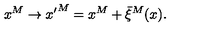
x ^ { M } \to { x ^ { \prime } } ^ { M } = x ^ { M } + \bar { \xi } ^ { M } ( x ) .